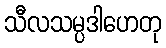
သီလသမ္ပဒါဟေတု